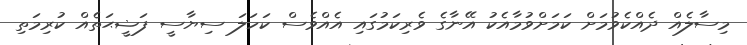
މިސާލެއް ދެއްކެވުމަށް ކަމަށްވުމާއެކު އޭނާގެ ވެރިކަމުގައި އެއްވެސް ކަހަލަ ސިޔާސީ ފަޟީޙަތެއް ކުރިމަތި